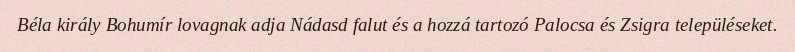
Béla király Bohumír lovagnak adja Nádasd falut és a hozzá tartozó Palocsa és Zsigra településeket.